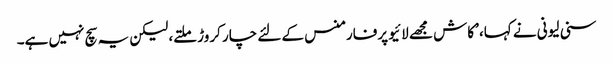
سنی لیونی نے کہا، ’کاش مجھے لائیو پرفارمنس کے لئے چار کروڑ ملتے، لیکن یہ سچ نہیں ہے۔